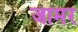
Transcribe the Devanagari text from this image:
जामर